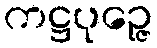
ကဋ္ဌပုဉ္ဇေ